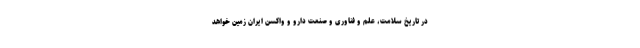
در تاریخ سلامت، علم و فناوری و صنعت دارو و واکسن ایران زمین خواهد